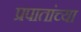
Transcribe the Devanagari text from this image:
प्रपातांच्या